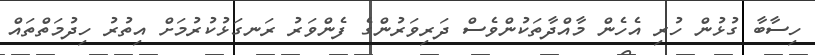
ހިސާބާ ގުޅުން ހުރި އެހެން މާއްދާތަކުންވެސް ދަރިވަރުންގެ ފެންވަރު ރަނގަޅުކުރުމަށް އިތުރު ހިދުމަތްތައް